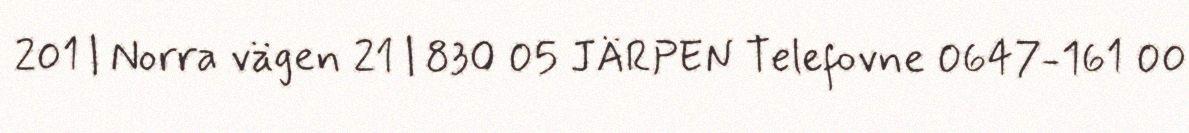
201 | Norra vägen 21 | 830 05 JÄRPEN Telefovne 0647-161 00